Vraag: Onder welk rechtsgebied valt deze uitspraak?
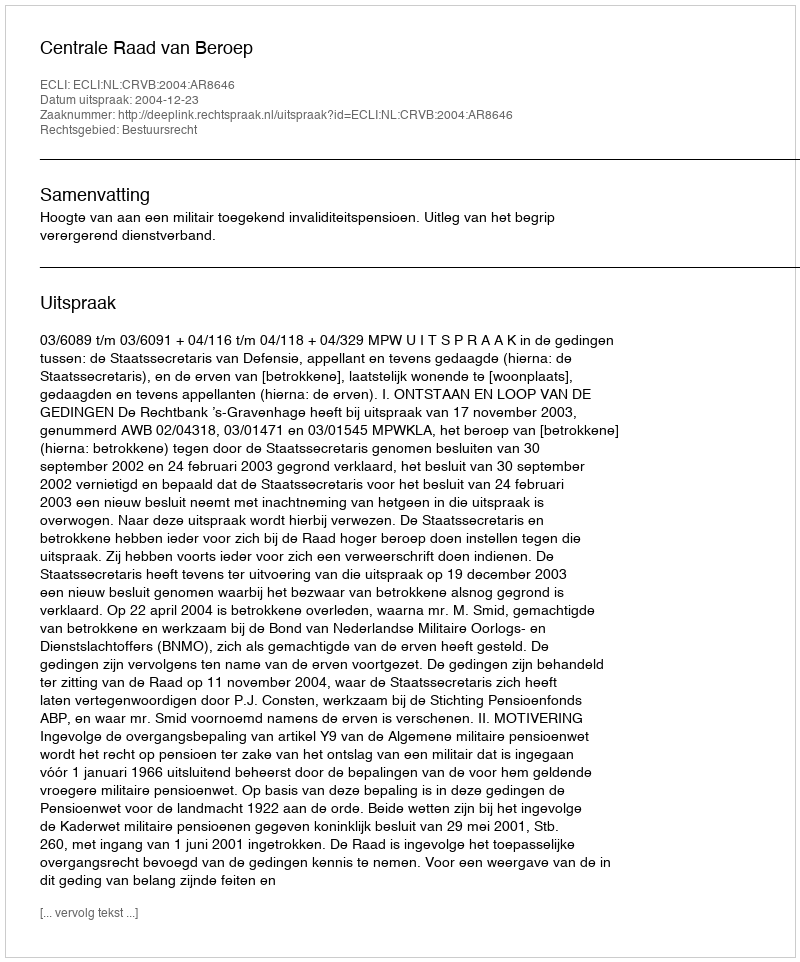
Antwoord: Bestuursrecht